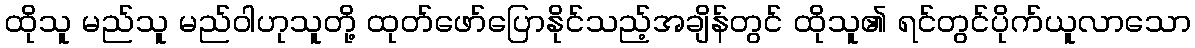
ထိုသူ မည်သူ မည်ဝါဟုသူတို့ ထုတ်ဖော်ပြောနိုင်သည့်အချိန်တွင် ထိုသူ၏ ရင်တွင်ပိုက်ယူလာသော